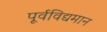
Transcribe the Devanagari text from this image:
पूर्वविद्यमान